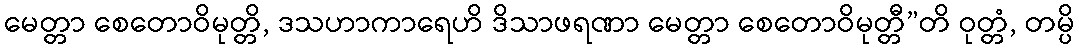
မေတ္တာ စေတောဝိမုတ္တိ, ဒသဟာကာရေဟိ ဒိသာဖရဏာ မေတ္တာ စေတောဝိမုတ္တီ”တိ ဝုတ္တံ, တမ္ပိ